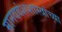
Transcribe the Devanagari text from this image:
मानववंशशास्त्रांच्या